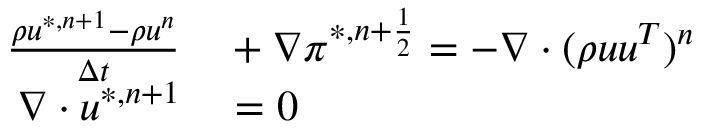
\begin{array} { r l } { \frac { \rho u ^ { * , n + 1 } - \rho u ^ { n } } { \Delta t } } & { { } + \nabla \pi ^ { * , n + \frac { 1 } { 2 } } = - \nabla \cdot ( \rho u u ^ { T } ) ^ { n } } \\ { \nabla \cdot u ^ { * , n + 1 } } & { { } = 0 } \end{array}